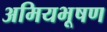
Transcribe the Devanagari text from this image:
अमियभूषण